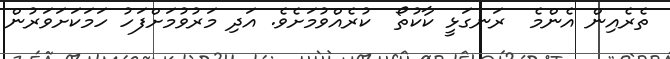
ތެރެއިން އެންމެ  ރަނގަޅީ ކާކުތޯ  ކުރެއްވުމަށެވެ. އަދި މަރުވުމަށްފަހު ހަމަކަށަވަރުން